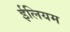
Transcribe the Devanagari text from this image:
ईलियम